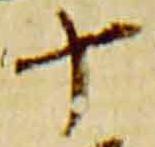
十